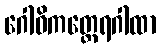
ဂေါဓိကတ္ထေရဂါထာ